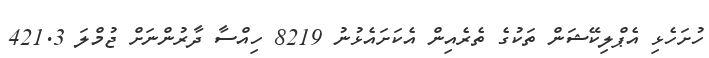
ހުށަހެޅި އެޕްލިކޭޝަން ތަކުގެ ތެރެއިން އެކަށައެޅުނު 8219 ހިއްސާ ދާރުންނަށް ޖުމްލަ 421.3